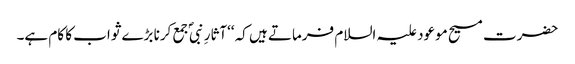
حضرت مسیح موعود علیہ السلام فرماتے ہیں کہ ‘‘آثارِ نبیؐ جمع کرنا بڑے ثواب کا کام ہے۔